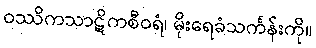
ဝဿိကသာဋိကစီဝရံ၊ မိုးရေခံသင်္ကန်းကို။